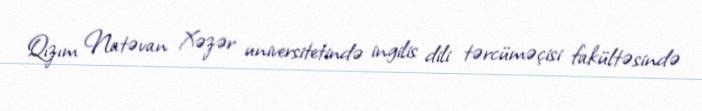
Qızım Natəvan Xəzər universitetində ingilis dili tərcüməçisi fakültəsində